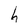
Character: h